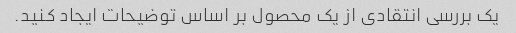
یک بررسی انتقادی از یک محصول بر اساس توضیحات ایجاد کنید.